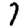
Digit: 7